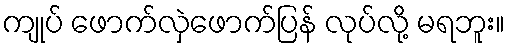
ကျုပ် ဖောက်လှဲဖောက်ပြန် လုပ်လို့ မရဘူး။